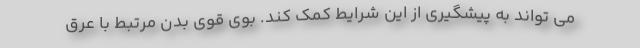
می تواند به پیشگیری از این شرایط کمک کند. بوی قوی بدن مرتبط با عرق